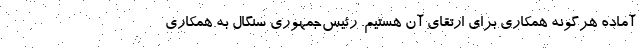
آماده هرگونه همکاری برای ارتقای آن هستیم. رئیس‌جمهوری سنگال به همکاری